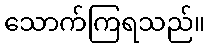
သောက်ကြရသည်။